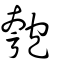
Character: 匏